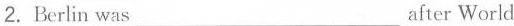
2.Berlin was___after World